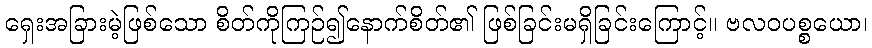
ရှေးအခြားမဲ့ဖြစ်သော စိတ်ကိုကြဉ်၍နောက်စိတ်၏ ဖြစ်ခြင်းမရှိခြင်းကြောင့်။ ဗလဝပစ္စယော၊